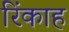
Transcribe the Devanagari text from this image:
रिंकाह